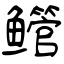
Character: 鳤